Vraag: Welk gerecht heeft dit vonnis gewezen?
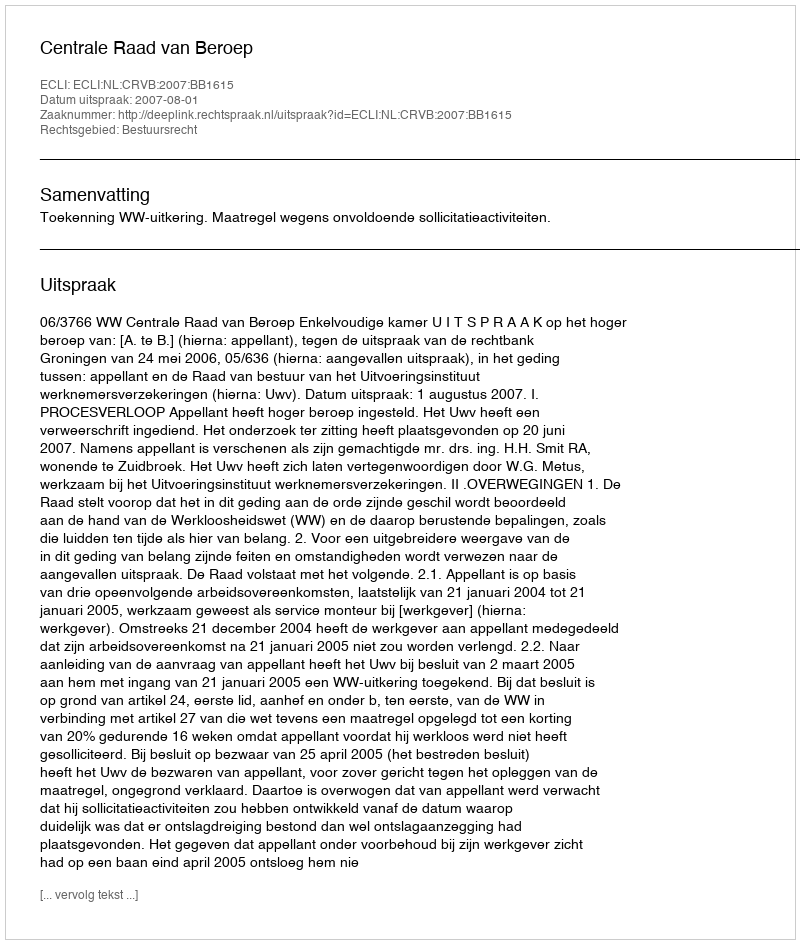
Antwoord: Centrale Raad van Beroep